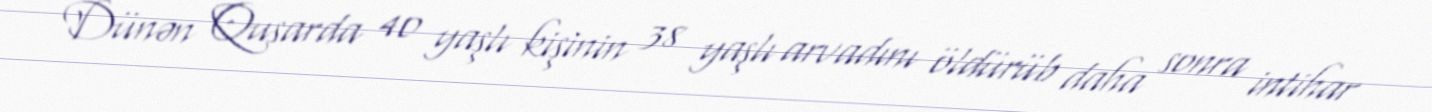
Dünən Qusarda 40 yaşlı kişinin 38 yaşlı arvadını öldürüb daha sonra intihar